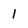
Character: l